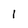
Character: i